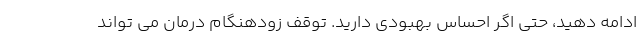
ادامه دهید، حتی اگر احساس بهبودی دارید. توقف زودهنگام درمان می تواند